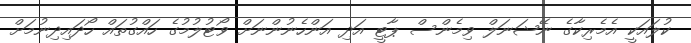
ކުލައަކީ އެމެރިކާގެ ނޭޝަނަލް ވިމެންސް ޕާޓީ އަދި އަންހެނުންނަށް ވޯޓުލުމުގެ ހައްގުތައް ހޯދައިދިނުމަށް